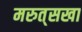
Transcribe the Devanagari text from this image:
मरुत्‌सखा